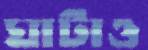
ঘাটাও